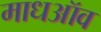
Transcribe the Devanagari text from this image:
माधऑव